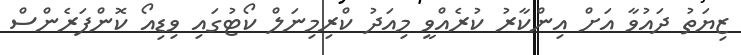
ޒިޔަތު ދައުވާ އަށް އިންކާރު ކުރެއްވީ މިއަދު ކްރިމިނަލް ކޯޓުގައި ވިޑިއޯ ކޮންފަރެންސް